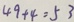
4 9 + 4 = 5 3